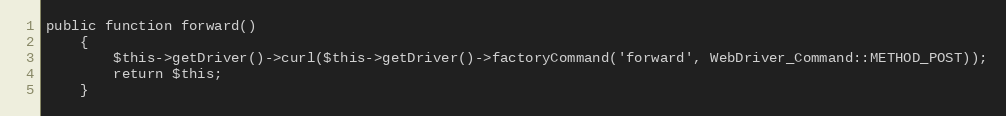
Language: PHP
public function forward()
    {
        $this->getDriver()->curl($this->getDriver()->factoryCommand('forward', WebDriver_Command::METHOD_POST));
        return $this;
    }